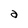
Character: a